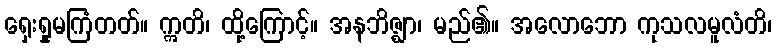
ရှေးရှုမကြံတတ်။ ဣတိ၊ ထို့ကြောင့်။ အနဘိဇ္ဈာ၊ မည်၏။ အလောဘော ကုသလမူလံတိ၊